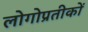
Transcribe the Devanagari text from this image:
लोगोप्रतीकों